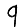
Digit: 9